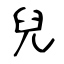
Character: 兒